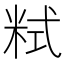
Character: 𥹨